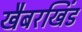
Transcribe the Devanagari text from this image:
खैबरखिंड